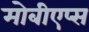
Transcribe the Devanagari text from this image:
मोबीएप्स